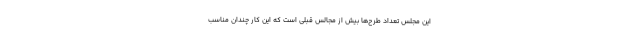
این مجلس تعداد طرح‌ها بیش از مجالس قبلی است که این کار چندان مناسب